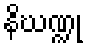
နိဃဏ္ဍု